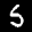
Label: 5